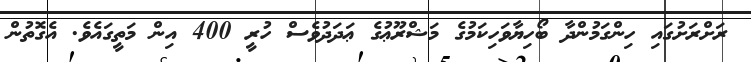
ރަށްރަށުގައި ހިންގަމުންދާ ބޯހިޔާވަހިކަމުގެ މަޝްރޫޢުގެ ޢަދަދުވެސް ހުރީ 400 އިން މަތީގައެވެ. އެގޮތުން